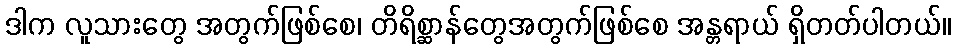
ဒါက လူသားတွေ အတွက်ဖြစ်စေ၊ တိရိစ္ဆာန်တွေအတွက်ဖြစ်စေ အန္တရာယ် ရှိတတ်ပါတယ်။